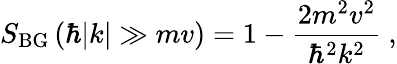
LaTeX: S_{\mathrm{BG}}\left(\hbar|k|\gg mv\right)=1-\frac{2m^{2}v^{2}}{\hbar^{2}k^{2}}\ ,